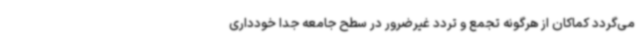
می‌گردد کماکان از هرگونه تجمع و تردد غیرضرور در سطح جامعه جدا خودداری